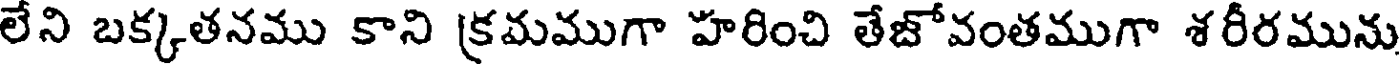
లేని బక్కతనము కాని క్రమముగా హరించి తేజోవంతముగా శరీరమును